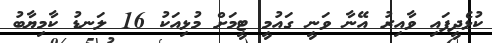
ކުޅެދީފައި ވާއިރު އޭނާ ވަނީ ގައުމީ ޓީމަށް މުޅިއަކު 16 ލަނޑު ކާމިޔާބު